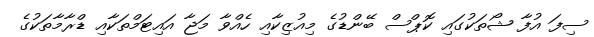
ސިފަ އުފާ ޝޯތަކުގައި ކޮޕްސް ބޭންޑުގެ މިއުޒިކާއި ހެއްވާ މަޖާ އައިޓަމްތަކާއި ޑްރާމާތަކުގެ